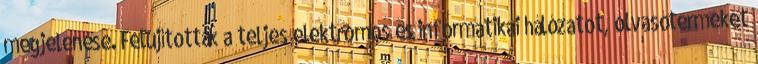
megjelenése. Felújították a teljes elektromos és informatikai hálózatot, olvasótermeket